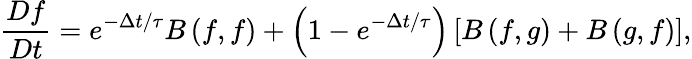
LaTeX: \frac{Df}{Dt}=e^{-\Delta t/\tau}B\left({f,f}\right)+\left({1-e^{-\Delta t/\tau}}\right)\left[{B\left({f,g}\right)+B\left({g,f}\right)}\right],